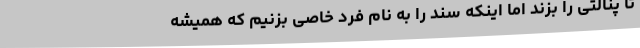
تا پنالتی را بزند اما اینکه سند را به نام فرد خاصی بزنیم که همیشه